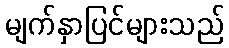
မျက်နှာပြင်များသည်